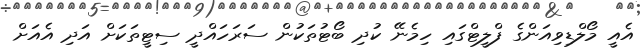
އެއީ މޯލްޑިވިއަންގެ ފްލީޓްގައި ހިމެނޭ ކުދި ބޯޓުތަކުން ސަރަހައްދީ ސިޓީތަކަށް އަދި އެއަށް